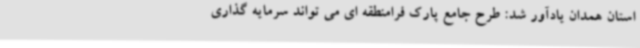
استان همدان یادآور شد: طرح جامع پارک فرامنطقه ای می تواند سرمایه گذاری